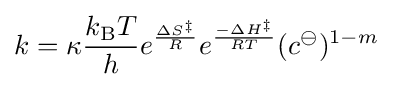
k=\kappa {\frac {k_{\text{B}}T}{h}}e^{\frac {\Delta S^{\ddagger }}{R}}e^{\frac {-\Delta H^{\ddagger }}{RT}}(c^{\ominus })^{1-m}